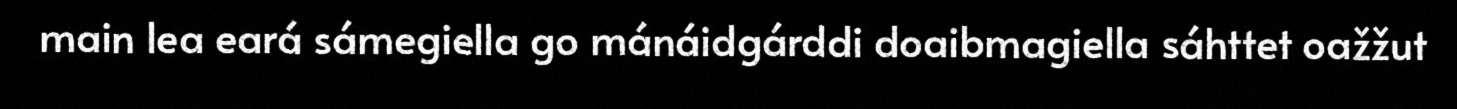
main lea eará sámegiella go mánáidgárddi doaibmagiella sáhttet oažžut